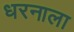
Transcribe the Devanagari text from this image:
धरनाला